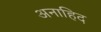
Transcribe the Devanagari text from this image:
अनाहिद